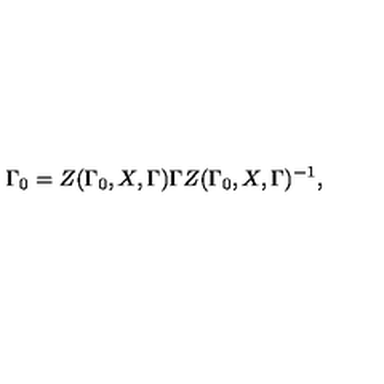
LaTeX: \Gamma _ { 0 } = Z ( \Gamma _ { 0 } , X , \Gamma ) \Gamma Z ( \Gamma _ { 0 } , X , \Gamma ) ^ { - 1 } ,